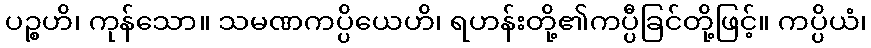
ပဉ္စဟိ၊ ကုန်သော။ သမဏကပ္ပိယေဟိ၊ ရဟန်းတို့၏ကပ္ပီခြင်တို့ဖြင့်။ ကပ္ပိယံ၊